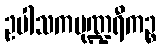
ဥပါသကပုဏ္ဍရီကဉ္စ